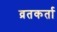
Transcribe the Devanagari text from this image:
व्रतकर्ता